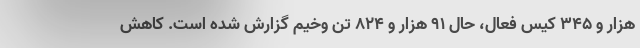
هزار و 345 کیس فعال، حال 91 هزار و 824 تن وخیم گزارش شده است. کاهش